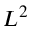
L ^ { 2 }